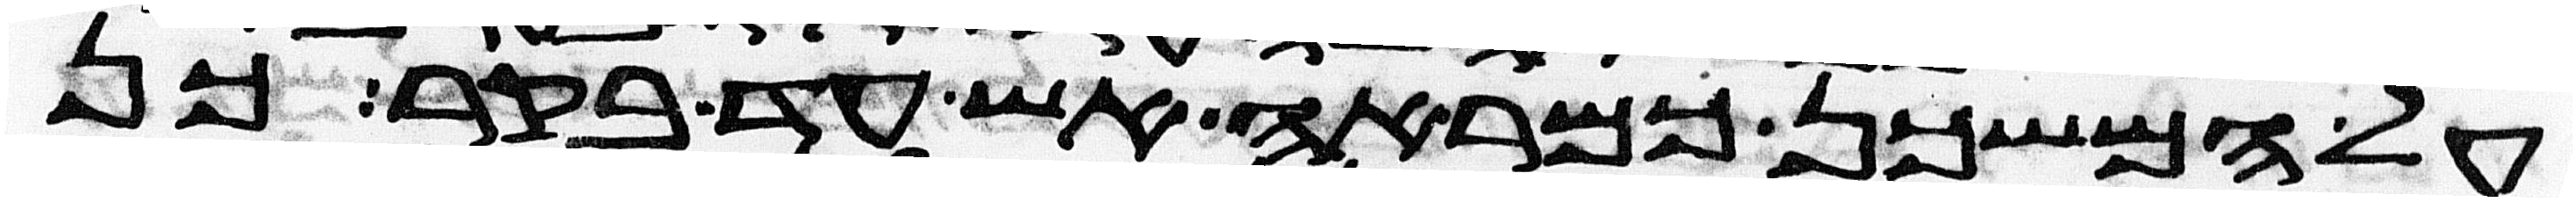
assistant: על המשכן כמראה אש עד בקר כן